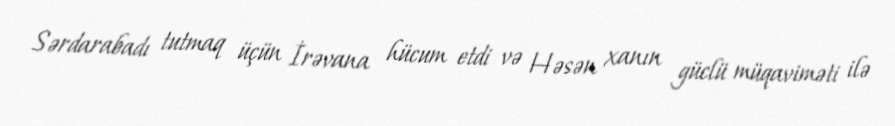
Sərdarabadı tutmaq üçün İrəvana hücum etdi və Həsən xanın güclü müqaviməti ilə